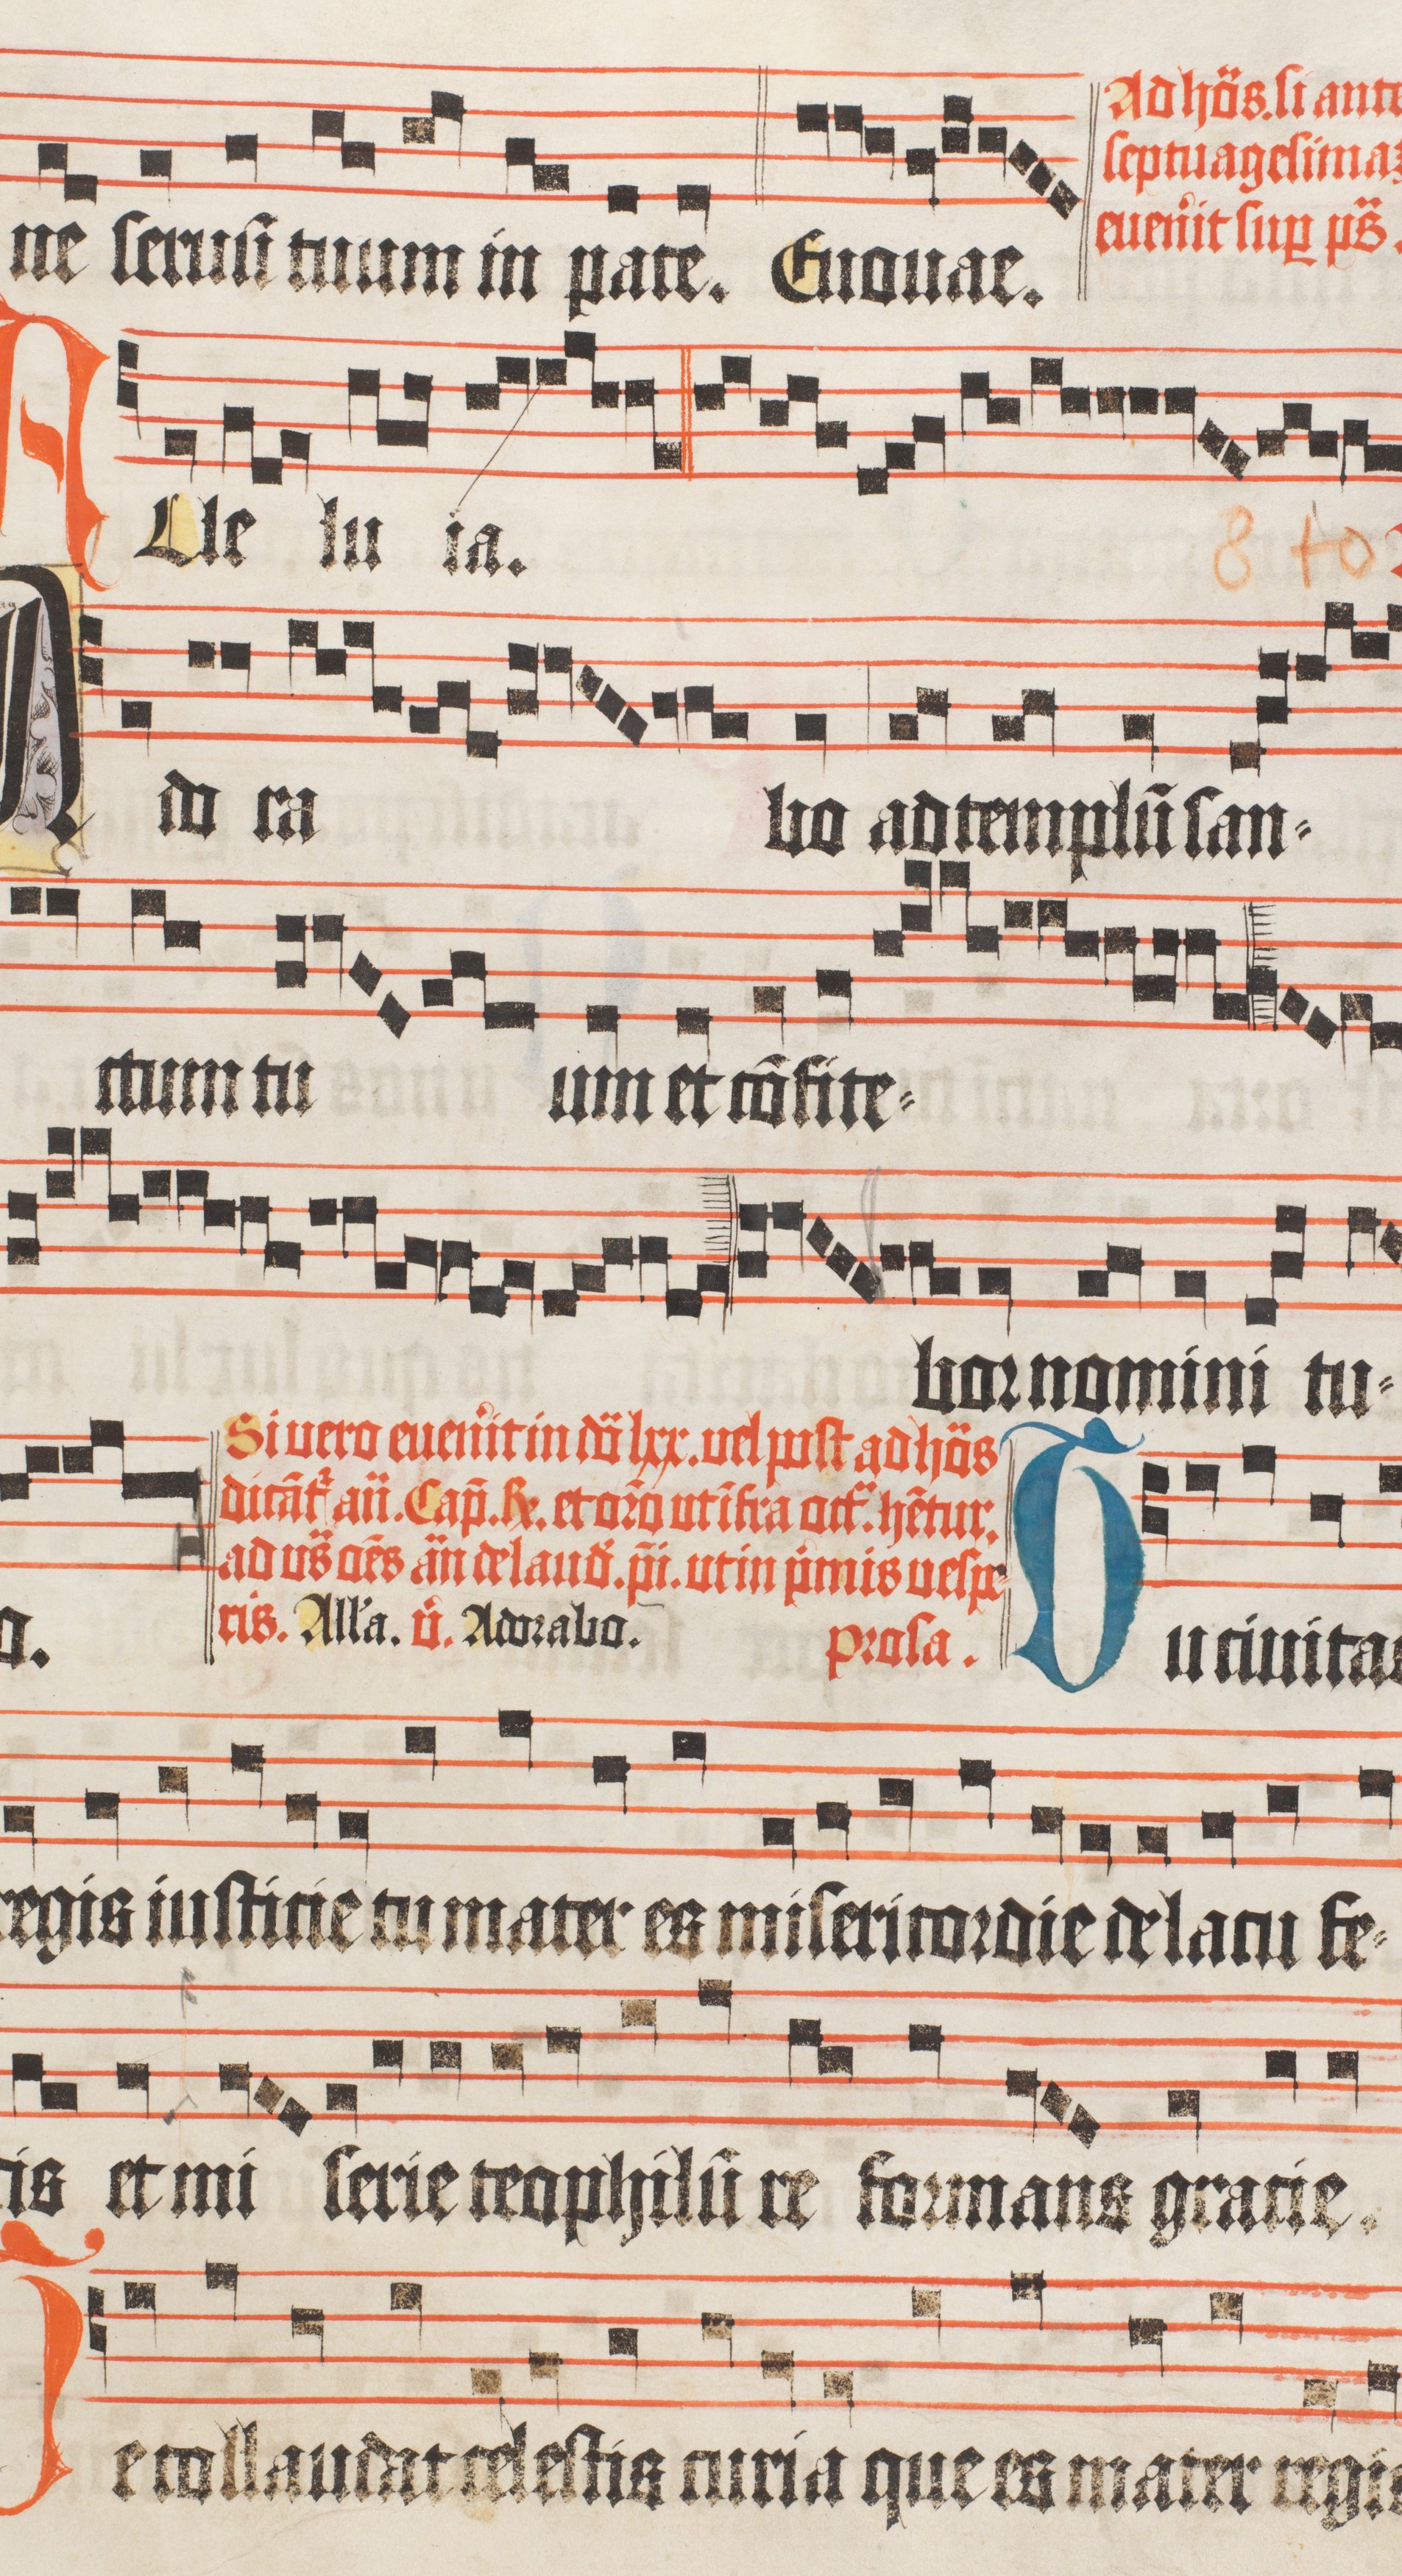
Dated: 1510–1517